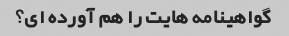
گواهینامه هایت را هم آورده ای؟